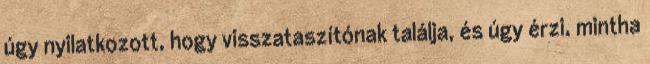
úgy nyilatkozott, hogy visszataszítónak találja, és úgy érzi, mintha